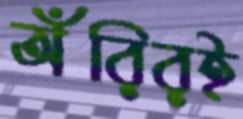
অঁরিরই